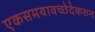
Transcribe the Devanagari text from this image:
एकसमयावच्छेदेकरुन